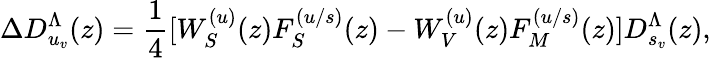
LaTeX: \Delta D_{u_{v}}^{\Lambda}(z)=\frac 14[W_{S}^{(u)}(z)F_{S}^{(u/s)}(z)-W_{V}^{(u)}(z)F_{M}^{(u/s)}(z)]D_{s_{v}}^{\Lambda}(z),